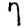
Digit: 7